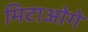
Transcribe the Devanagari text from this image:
मिटाओगे